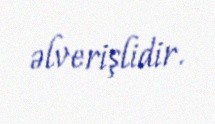
əlverişlidir.